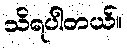
သိရပါတယ်။